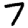
Digit: 7